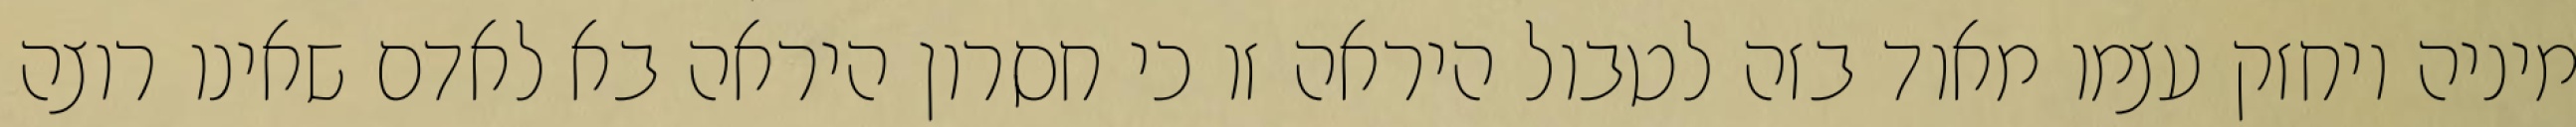
מיניה ויחזק עצמו מאוד בזה לטבול היראה זו כי חסרון היראה בא לאדם שאינו רוצה